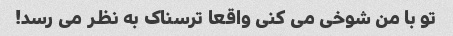
تو با من شوخی می کنی واقعا ترسناک به نظر می رسد!